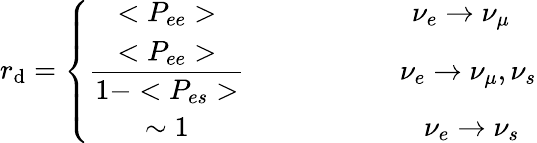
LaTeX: r_{\mathrm{d}}={\displaystyle\left\{ \begin{array}{cc}{{<P_{ee}>}}&{{~~~~~~~~~~~~~~~~\nu_{e}\rightarrow\nu_{\mu}}}\\ {{\displaystyle{{\frac{<{P}_{ee}>}{1-<{P}_{es}>}}}}}&{{~~~~~~~~~~~~~~~~~~\nu_{e}\rightarrow\nu_{\mu},\nu_{s}}}\\ {{\sim 1}}&{{~~~~~~~~~~~~~~~~~~~\nu_{e}\rightarrow\nu_{s}}}\end{array}\right.}